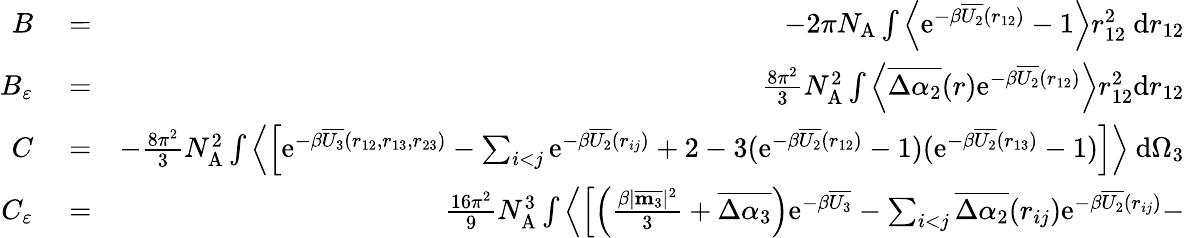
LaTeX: \begin{array}{rlr}{B}&{{}=}&{-2\pi N_{\mathrm{A}}\int\left\langle\mathrm{e}^{-\beta\overline{{U_{2}}}(r_{12})}-1\right\rangle r_{12}^{2}~\mathrm{d}r_{12}}\\ {B_{\varepsilon}}&{{}=}&{\frac{8\pi^{2}}{3}N_{\mathrm{A}}^{2}\int\left\langle\overline{{\Delta\alpha_{2}}}(r)\mathrm{e}^{-\beta\overline{{U_{2}}}(r_{12})}\right\rangle r_{12}^{2}\mathrm{d}r_{12}}\\ {C}&{{}=}&{-\frac{8\pi^{2}}{3}N_{\mathrm{A}}^{2}\int\left\langle\left[\mathrm{e}^{-\beta\overline{{U_{3}}}(r_{12},r_{13},r_{23})}-\sum_{i<j}\mathrm{e}^{-\beta\overline{{U_{2}}}(r_{ij})}+2-3(\mathrm{e}^{-\beta\overline{{U_{2}}}(r_{12})}-1)(\mathrm{e}^{-\beta\overline{{U_{2}}}(r_{13})}-1)\right]\right\rangle~\mathrm{d}\Omega_{3}}\\ {C_{\varepsilon}}&{{}=}&{\frac{16\pi^{2}}{9}N_{\mathrm{A}}^{3}\int\left\langle\left[\left(\frac{\beta|\overline{{\mathbf{m}_{3}}}|^{2}}{3}+\overline{{\Delta\alpha_{3}}}\right)\mathrm{e}^{-\beta\overline{{U_{3}}}}-\sum_{i<j}\overline{{\Delta\alpha_{2}}}(r_{ij})\mathrm{e}^{-\beta\overline{{U_{2}}}(r_{ij})}-\right.\right.}\end{array}